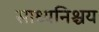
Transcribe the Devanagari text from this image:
साध्यनिश्चय